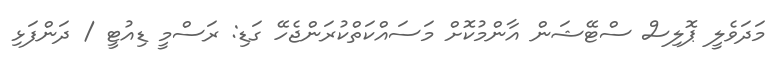
މަދަވެލީ ޕޮލިސް ސްޓޭޝަން އާންމުކޮށް މަސައްކަތްކުރަންޖެހޭ ގަޑި: ރަސްމީ ޑިއުޓީ / ދަންފަޅި